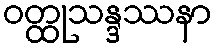
ဝတ္ထုသန္ဒဿနာ